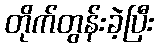
တိုက်တွန်းခဲ့ပြီး